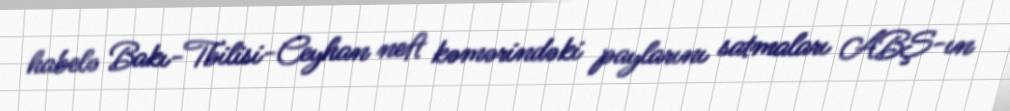
habelə Bakı-Tbilisi-Ceyhan neft kəmərindəki paylarını satmaları ABŞ-ın